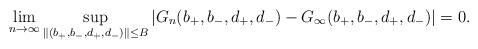
LaTeX: \begin{align*}\lim_{n\to\infty}\sup_{\|(b_+,b_-,d_+,d_-)\|\le B}|G_n(b_+,b_-,d_+,d_-)-G_\infty(b_+,b_-,d_+,d_-)|=0.\end{align*}